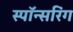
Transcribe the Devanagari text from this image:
स्पॉन्सरिंग